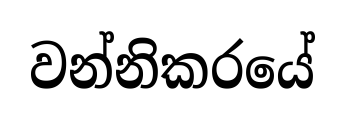
වන්නිකරයේ